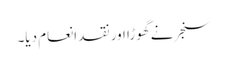
سنجر نے گھوڑا اور نقد انعام دیا۔